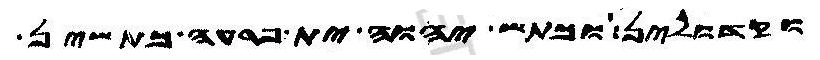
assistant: וקדולין וכתש יהוה ית פרעה כתשין